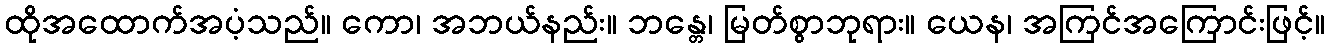
ထိုအထောက်အပံ့သည်။ ကော၊ အဘယ်နည်း။ ဘန္တေ၊ မြတ်စွာဘုရား။ ယေန၊ အကြင်အကြောင်းဖြင့်။